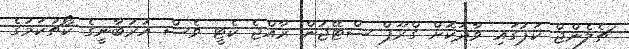
ޗެލެންޖް ކަޕުގައި ވާދަކޮށް ގްރޫޕް ސްޓޭޖުން ރާއްޖެ ކެޓީ ވެސް އުރުބާނީގެ ކޯޗުކަމުގެ